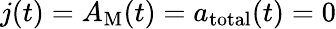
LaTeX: j(t)=A_{\mathrm{M}}(t)=a_{\mathrm{total}}(t)=0